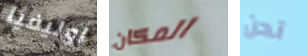
اوليفيا المكان نحن